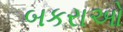
બકરાઓ